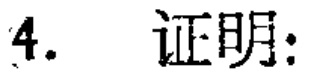
4. 证明：